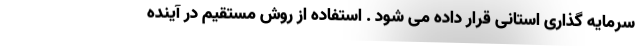
سرمایه گذاری استانی قرار داده می شود . استفاده از روش مستقیم در آینده